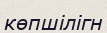
көпшілігн